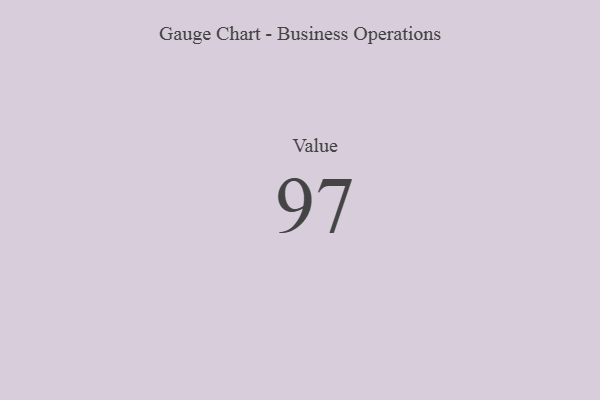
{"axis": {"x": "Metric", "y": "Value"}, "legend": [""], "data": [{"x": "Value", "y": 97, "type": ""}]}